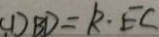
( 1 ) B D = k \cdot E C